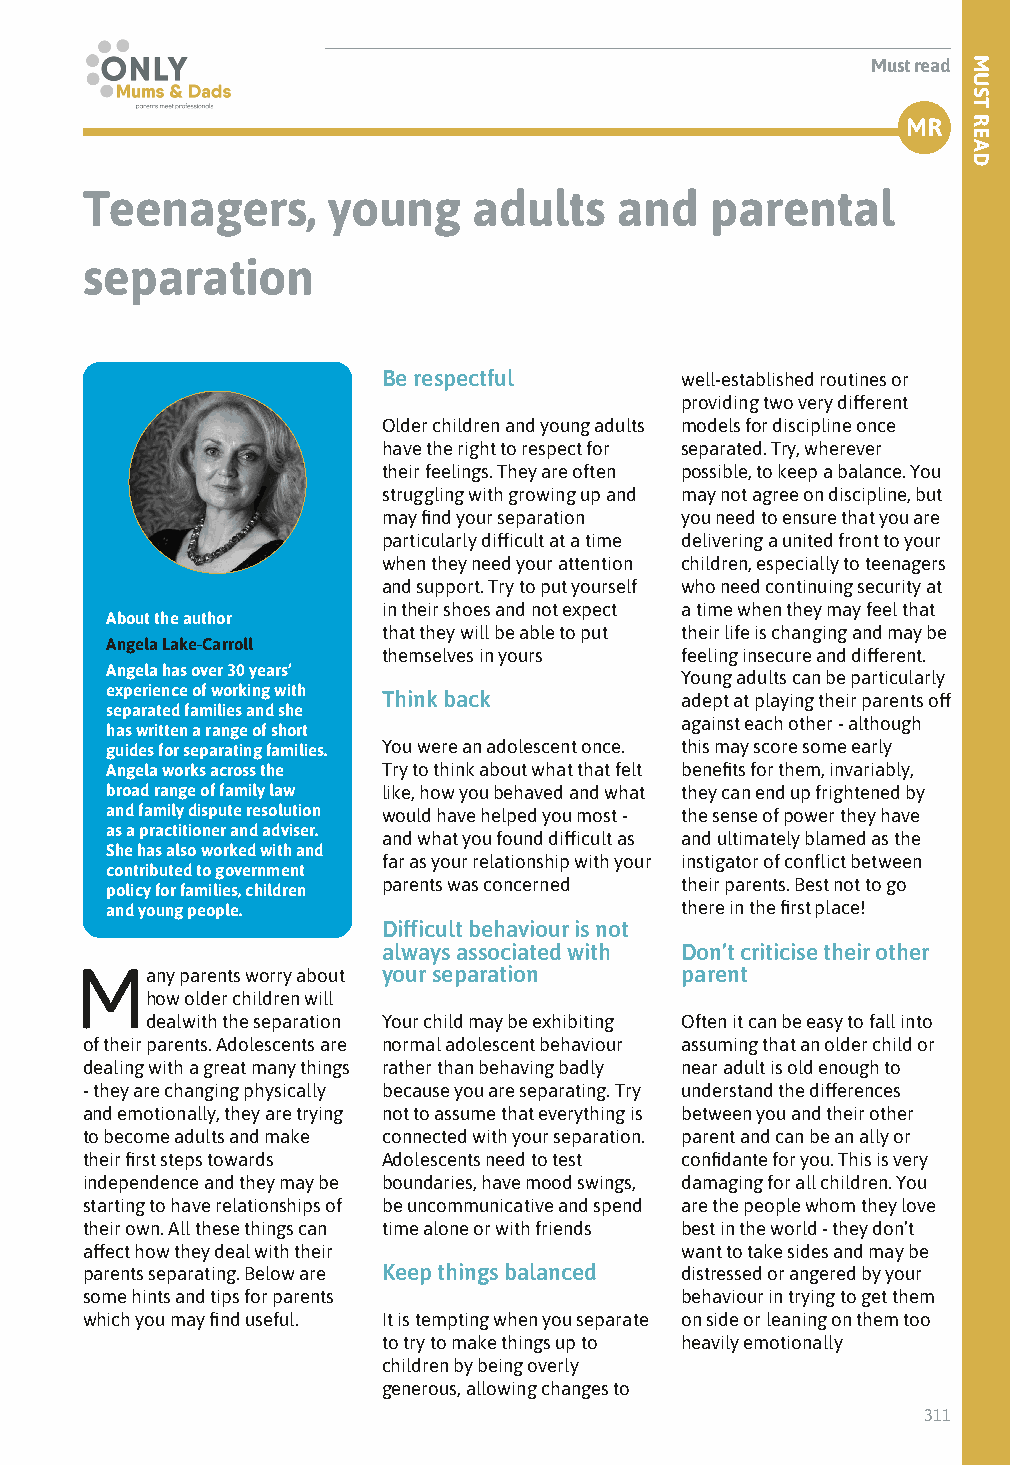
Must read
 MR
 Teenagers,       young    adults    and   parental
 separation
 Be respectful       well-established routines or
 providing two very different
 Older children and young adults models for discipline once
 have the right to respect for separated. Try, wherever
 their feelings. They are often possible, to keep a balance. You
 struggling with growing up and may not agree on discipline, but
 may find your separation you need to ensure that you are
 particularly difficult at a time delivering a united front to your
 when they need your attention children, especially to teenagers
 and support. Try to put yourself who need continuing security at
 in their shoes and not expect a time when they may feel that
 About the author
 that they will be able to put their life is changing and may be
 Angela Lake-Carroll
 themselves in yours feeling insecure and different.
 Angela has over 30 years’             Young adults can be particularly
 experience of working with
 Think back          adept at playing their parents off
 separated families and she
 against each other - although
 has written a range of short
 guides for separating families. You were an adolescent once. this may score some early
 Angela works across the Try to think about what that felt benefits for them, invariably,
 broad range of family law like, how you behaved and what they can end up frightened by
 and family dispute resolution would have helped you most - the sense of power they have
 as a practitioner and adviser.
 and what you found difficult as and ultimately blamed as the
 She has also worked with and
 far as your relationship with your instigator of conflict between
 contributed to government
 parents was concerned their parents. Best not to go
 policy for families, children
 and young people.                     there in the first place!
 Difficult behaviour is not
 always associated with Don’t criticise their other
 Many   parents worry about your separation parent
 how older children will
 deal with the separation Your child may be exhibiting Often it can be easy to fall into
 of their parents. Adolescents are normal adolescent behaviour assuming that an older child or
 dealing with a great many things rather than behaving badly near adult is old enough to
 - they are changing physically because you are separating. Try understand the differences
 and emotionally, they are trying not to assume that everything is between you and their other
 to become adults and make connected with your separation. parent and can be an ally or
 their first steps towards Adolescents need to test confidante for you. This is very
 independence and they may be boundaries, have mood swings, damaging for all children. You
 starting to have relationships of be uncommunicative and spend are the people whom they love
 their own. All these things can time alone or with friends best in the world - they don’t
 affect how they deal with their         want to take sides and may be
 parents separating. Below are Keep things balanced distressed or angered by your
 some hints and tips for parents         behaviour in trying to get them
 which you may find useful. It is tempting when you separate on side or leaning on them too
 to try to make things up to heavily emotionally
 children by being overly
 generous, allowing changes to
 311
 MUST
 READ